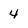
Character: 4